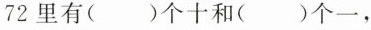
72里有()个十和()个一，